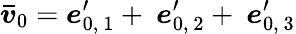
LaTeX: \boldsymbol{\bar{v}}_{0}=\boldsymbol{e}_{0,\ 1}^{\prime}+\ \boldsymbol{e}_{0,\ 2}^{\prime}+\ \boldsymbol{e}_{0,\ 3}^{\prime}